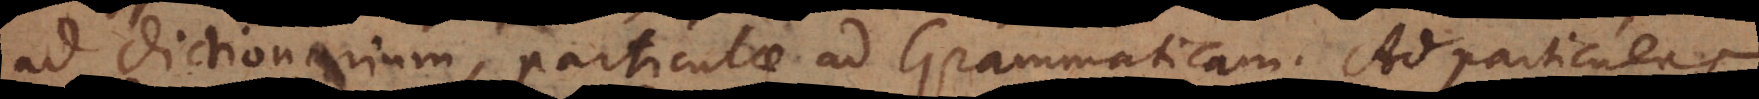
ad Dictionarium, particulae ad Grammaticam. Ad particulas